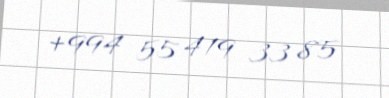
+994 55 419 33 85